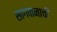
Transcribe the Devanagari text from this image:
सागवानाची